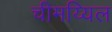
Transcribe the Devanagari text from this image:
चीमय्यिल